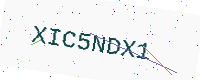
Text: XIC5NDX1